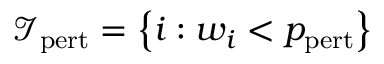
\mathcal { I } _ { \mathrm { p e r t } } = \left\lbrace i : w _ { i } < p _ { \mathrm { p e r t } } \right\rbrace